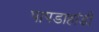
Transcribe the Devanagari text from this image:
पापडाहांडी